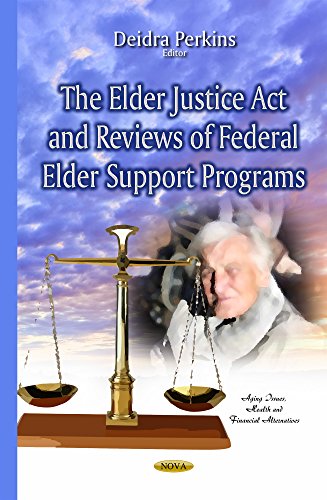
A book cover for The Elder Justice Act and Reviews of Federal Elder Support Programs (Aging Issues, Health and Financial Alternatives); Law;